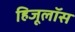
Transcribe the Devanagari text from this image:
हिजूलॉस